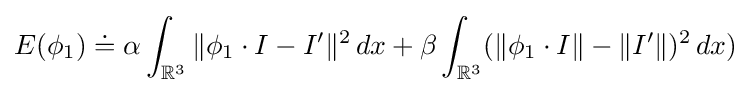
E(\phi _{1})\doteq \alpha \int _{{\mathbb {R} }^{3}}\|\phi _{1}\cdot I-I^{\prime }\|^{2}\,dx+\beta \int _{{\mathbb {R} }^{3}}(\|\phi _{1}\cdot I\|-\|I^{\prime }\|)^{2}\,dx)